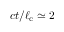
c t / \ell _ { \mathrm { c } } \simeq 2